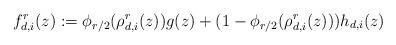
LaTeX: \begin{align*} f_{d, i}^r(z) := \phi_{r/2}(\rho^r_{d, i}(z)) g(z) + (1 - \phi_{r / 2}(\rho^r_{d, i}(z))) h_{d, i}(z)\end{align*}